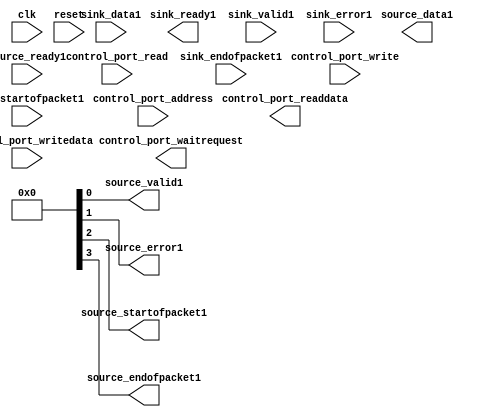
module ethernet_port_interface2 
(
		input  wire [27:0]  control_port_address,     //      control_port.address
		input  wire         control_port_read,        //                  .read
		output wire [31:0]  control_port_readdata,    //                  .readdata
		input  wire         control_port_write,       //                  .write
		input  wire [31:0]  control_port_writedata,   //                  .writedata
		output wire         control_port_waitrequest, //                  .waitrequest

		input  wire        clk,                            //        clock.clk
		input  wire        reset,                          //             .reset
		input  wire [7:0] sink_data1,             //           sink.data
		output wire        sink_ready1,            //               .ready
		input  wire        sink_valid1,            //               .valid
		input  wire [5:0]  sink_error1,            //               .error
		input  wire        sink_startofpacket1,    //               .startofpacket
		input  wire        sink_endofpacket1,      //               .endofpacket
		
//		output wire [7:0]  source_dataout,                //      		 source.data
//		input  wire        source_readyout,               //             .ready
//		output wire        source_validout,               //             .valid
//		output wire [5:0]  source_errorout,               //             .error
//		output wire        source_startofpacketout,       //             .startofpacket
//		output wire        source_endofpacketout,         //             .endofpacket
//		
		//input  wire [0:0]  sink_empty,          //                  .empty
//		
//		input  wire [7:0]  sink_datain,             //           sink.data
//		output wire        sink_readyin,            //               .ready
//		input  wire        sink_validin,            //               .valid
//		input  wire 	    sink_errorin,            //               .error
//		input  wire        sink_startofpacketin,    //               .startofpacket
//		input  wire        sink_endofpacketin      //               .endofpacket
		
		output wire [7:0]  source_data1,                //       source.data
		input  wire        source_ready1,               //             .ready
		output wire        source_valid1,               //             .valid
		output wire        source_error1,               //             .error
		output wire        source_startofpacket1,       //             .startofpacket
		output wire        source_endofpacket1         //             .endofpacket
		//output wire [0:0]  source_empty          //                  .empty
	);
	
 wire [7:0]  source_dataout;                //      		 source.data
  wire        source_readyout;               //             .ready
 wire        source_validout;               //             .valid
 wire [5:0]  source_errorout;               //             .error
 wire        source_startofpacketout;       //             .startofpacket
 wire        source_endofpacketout;
 wire [7:0]  source_data1;                //       source.data
  wire        source_ready1;               //             .ready
 wire        source_valid1;               //             .valid
 wire        source_error1;               //             .error
 wire        source_startofpacket1;       //             .startofpacket
 wire        source_endofpacket1;         //             .endofpacket
	
	assign source_dataout 				= sink_data1;
	assign sink_ready1 					= source_readyout;
	assign source_validout 				= sink_valid1;
	assign source_errorout 				= sink_error1;
	assign source_startofpacketout 	= sink_startofpacket1;
	assign source_endofpacketout 		= sink_endofpacket1;
	assign source_data1 					= sink_datain;
	assign sink_readyin 					= source_ready1;
	assign source_valid1 				= sink_validin;
	assign source_error1 				= sink_errorin;
	assign source_startofpacket1 		= sink_startofpacketin;
	assign source_endofpacket1 		= sink_endofpacketin;
	
	endmodule